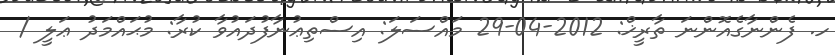
ހ. ފެންނާގެއޮންނަ ތާރީޚް: 2012-04-29 މައްސަލަ: އިސްތިޢުނާފުދައުވާ ކުރާ: މުޙައްމަދު ޢަލީ /